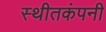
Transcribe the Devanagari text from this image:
स्थीतकंपनी